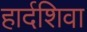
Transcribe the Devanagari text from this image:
हार्दशिवा